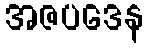
အဇပဒေန